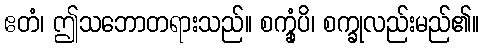
ဧတံ၊ ဤသဘောတရားသည်။ စက္ခုံပိ၊ စက္ခုလည်းမည်၏။